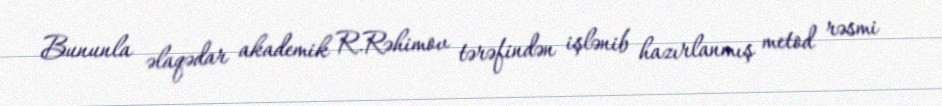
Bununla əlaqədar akademik R.Rəhimov tərəfindən işlənib hazırlanmış metod rəsmi